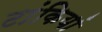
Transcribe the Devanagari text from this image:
टांकियां